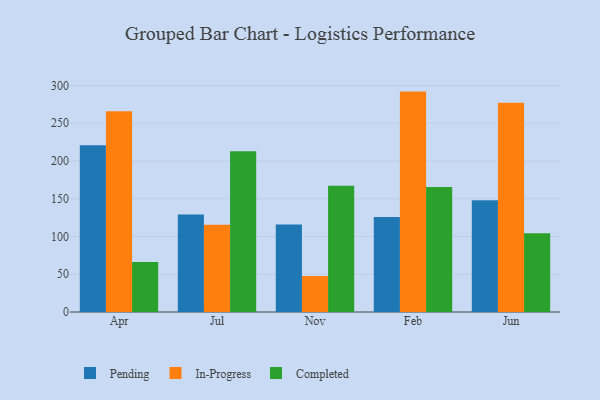
{"axis": {"x": "Month", "y": "LTV (USD)"}, "legend": ["Completed", "In-Progress", "Pending"], "data": [{"x": "Apr", "y": 220.9, "type": "Pending"}, {"x": "Apr", "y": 265.9, "type": "In-Progress"}, {"x": "Apr", "y": 66.1, "type": "Completed"}, {"x": "Jul", "y": 129.0, "type": "Pending"}, {"x": "Jul", "y": 115.4, "type": "In-Progress"}, {"x": "Jul", "y": 212.8, "type": "Completed"}, {"x": "Nov", "y": 115.8, "type": "Pending"}, {"x": "Nov", "y": 47.6, "type": "In-Progress"}, {"x": "Nov", "y": 167.1, "type": "Completed"}, {"x": "Feb", "y": 125.9, "type": "Pending"}, {"x": "Feb", "y": 291.9, "type": "In-Progress"}, {"x": "Feb", "y": 165.4, "type": "Completed"}, {"x": "Jun", "y": 147.9, "type": "Pending"}, {"x": "Jun", "y": 277.0, "type": "In-Progress"}, {"x": "Jun", "y": 104.4, "type": "Completed"}]}